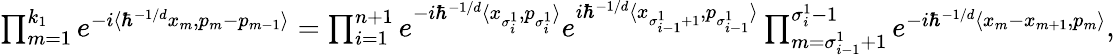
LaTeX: \begin{array}{r}{\prod_{m=1}^{k_{1}}e^{-i\langle\hbar^{-1/d}x_{m},p_{m}-p_{m-1}\rangle}=\prod_{i=1}^{n+1}e^{-i\hbar^{-1/d}\langle x_{\sigma_{i}^{1}},p_{\sigma_{i}^{1}}\rangle}e^{i\hbar^{-1/d}\langle x_{\sigma_{i-1}^{1}+1},p_{\sigma_{i-1}^{1}}\rangle}\prod_{m=\sigma_{i-1}^{1}+1}^{\sigma_{i}^{1}-1}e^{-i\hbar^{-1/d}\langle x_{m}-x_{m+1},p_{m}\rangle},}\end{array}